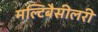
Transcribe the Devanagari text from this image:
मल्टिबैसीलरी